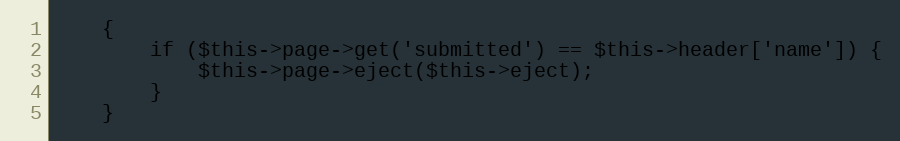
Language: PHP
    {
        if ($this->page->get('submitted') == $this->header['name']) {
            $this->page->eject($this->eject);
        }
    }